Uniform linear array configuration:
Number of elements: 16
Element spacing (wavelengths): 0.5
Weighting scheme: blackman
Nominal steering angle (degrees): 0
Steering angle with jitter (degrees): -1.855
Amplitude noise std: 0.05
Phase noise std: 0.05

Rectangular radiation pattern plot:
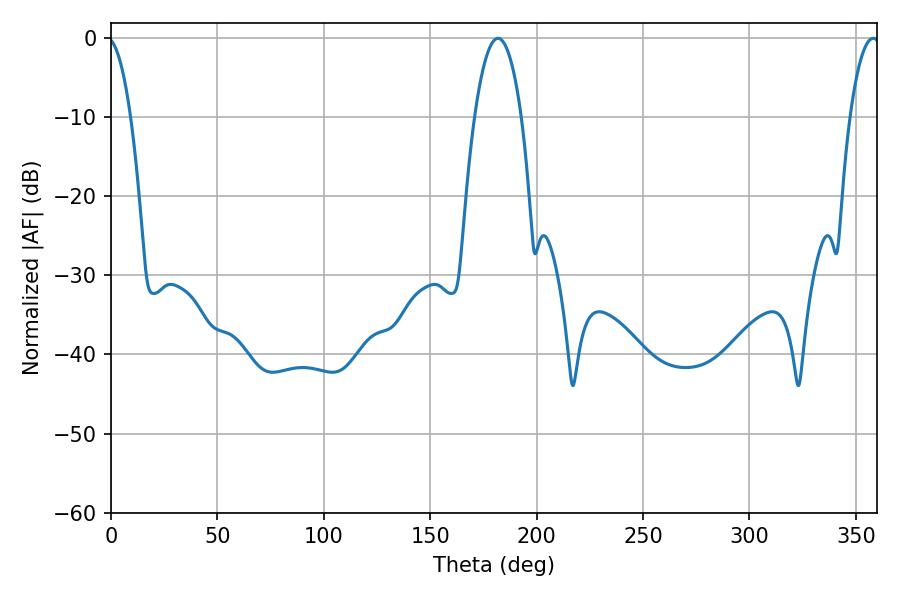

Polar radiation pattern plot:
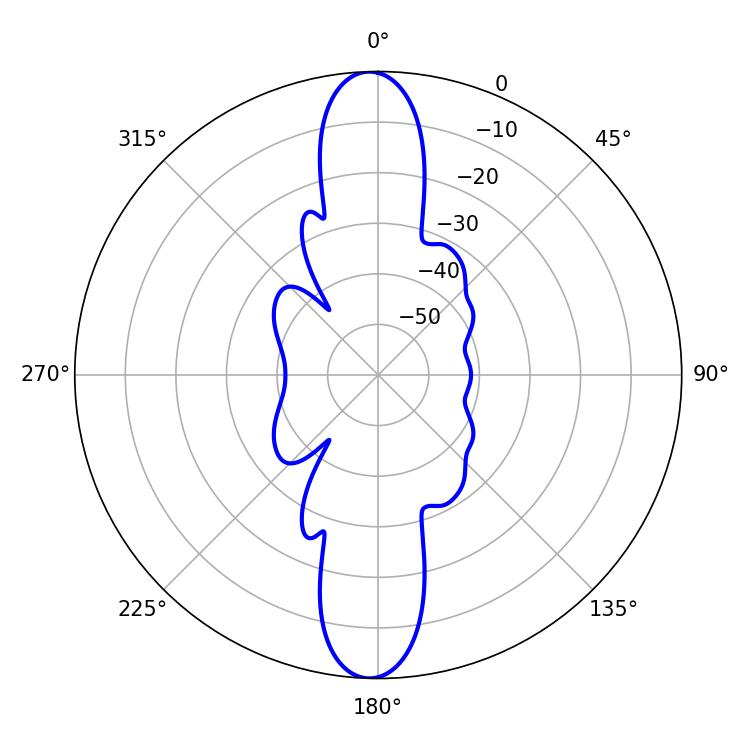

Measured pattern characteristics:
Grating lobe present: FALSE
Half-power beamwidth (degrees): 12.24
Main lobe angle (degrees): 181.8